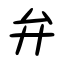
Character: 弁